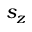
s _ { z }